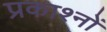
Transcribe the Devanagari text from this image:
प्रकाश्नों